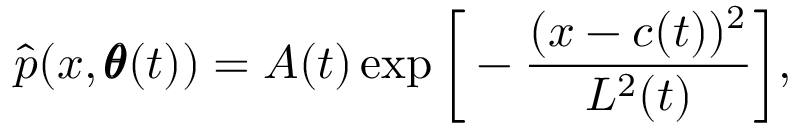
\hat { p } ( x , \pmb \theta ( t ) ) = A ( t ) \exp \bigg [ - \frac { ( x - c ( t ) ) ^ { 2 } } { L ^ { 2 } ( t ) } \bigg ] ,